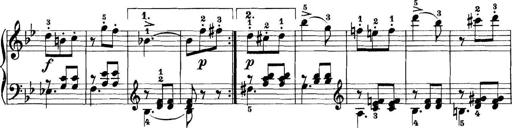
Title: 11 Sonatinas
Composer: Anton Diabelli